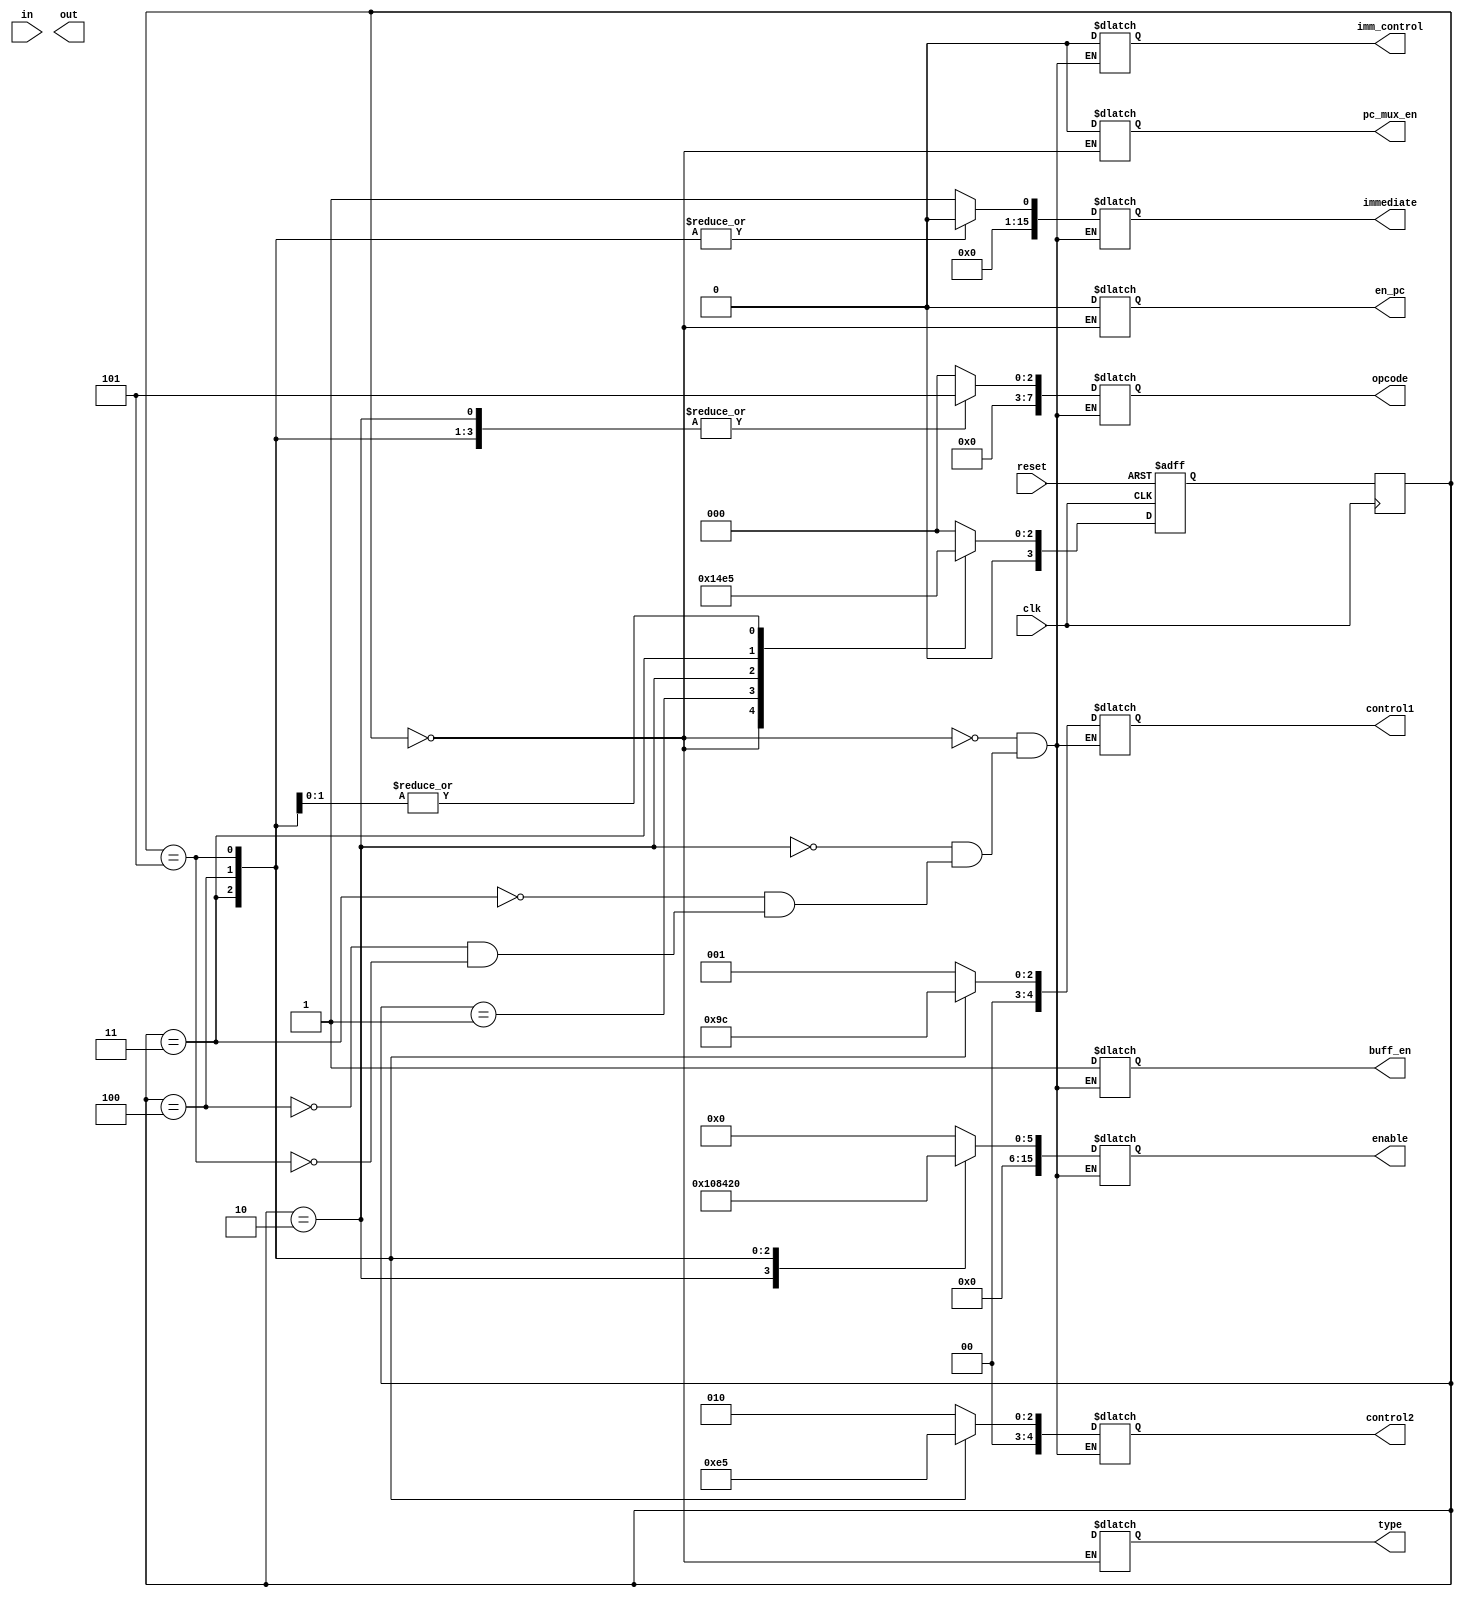
// Module for the Fibonacci sequence
// Created by Louis J. Cerda on 9/23/2021
// Fibonacci sequnce for reference
// 0, 1, 1, 2, 3, 5, 8, 13, 21, 34, 55, 89, 144

// ns Logic: Next state transitions

module fsm_decoder(in, out, reset, clk, immediate, enable, opcode, control1, control2, imm_control, buff_en, en_pc, pc_mux_en, type);

    // I/0 parameters
	input       [15:0] in;
	output reg [15:0] out;
	reg        [7:0] copcode;  
	reg        [3:0] rdst;
	reg        [3:0] rsrc;
	input      reset;
	input		  clk;
	

	// Enables signals
	output reg [15:0] immediate;
	output reg [15:0]enable;
	output reg [7:0]opcode;
   output reg [4:0]control1;
   output reg [4:0]control2;
   output reg imm_control;
	output reg buff_en;
	output reg en_pc;
	output reg pc_mux_en;
	output reg type;
    
   // ps -> Previous state, ns -> Next state
   reg [3:0] ps, ns; 
    
   //Need to add more state parameters as needed
   parameter [3:0] s0  = 4'b0000;
   parameter [3:0] s1  = 4'b0001;
   parameter [3:0] s2  = 4'b0010;
   parameter [3:0] s3  = 4'b0011;
   parameter [3:0] s4  = 4'b0100;
	parameter [3:0] s5  = 4'b0101;

       
    //Sequential block, negedge of reset due to push button
    always @ (negedge clk) begin

        ps <= ns;

    end
    
    // Combinational block, responsible fo setting the next state
    always@(posedge clk, negedge reset) begin
		if(reset == 0) begin    
			ns = s0;
		end
		 
		 
		else begin
			// Need to add more stepping
			//add if statments to determine where next state is / check slides
        case(ps)
           s0: ns <= s1;  // EDIT changed s1: ns <= si  to s0: ns <= si
			  s1: ns <= s2;
			  s2: ns <= s3;
			  s3: ns <= s4;
			  s4: ns <= s5;
			  s5: ns <= s5;

           default: ns <= s0;
        endcase
		end
    end


    always@ (ps) begin

        case(ps)
            // Reset all registers, muxes,tri-state-buffer
				//Step 0 : 
            s0: begin  
                    en_pc = 0;
						  pc_mux_en = 0;
						  enable = 0;
						  control1 = 5'bx;
						  control2 = 5'bx;
						  opcode = 0;
						  type = 1'bx;
						  immediate = 16'bx;	
						  imm_control = 1'bx;
						  buff_en = 1'bx;
                end
                
            // Step 1: R1 = 0+1 = 1
            s1: begin  
                             
                end
					 
					 
					 
					 
					 
					 
					 
					 
					 
					 
					 
					 
				 // Step 2: R2 = 0+1 = 1
            s2: begin  
                    immediate   = 16'b0000000000000001; 
                    enable      = 16'b0000000000000100;//r2                
                    opcode      = 8'b00000101;                     
                    control1    = 5'b00001;//r0             // enable left mux
                    control2    = 5'b00010;//r1 
                    imm_control = 0;                    
                    buff_en     = 1;    
                end
					 
					 
				 // Step 3: R3 = 1+1 = 2
            s3: begin  
                    immediate   = 0; 
                    enable      = 16'b0000000000001000;//r3                 
                    opcode      = 8'b00000101;                     
                    control1    = 5'b00010; //r1            // enable left mux
                    control2    = 5'b00011; //r2 
                    imm_control = 0;                    
                    buff_en     = 1;    
                end
					 
				// Step 4: R4 = 1+2 = 3
				s4: begin  
                    immediate   = 0; 
                    enable      = 16'b0000000000010000;//r4                 
                    opcode      = 8'b00000101;                     
                    control1    = 5'b00011;//r2            // enable left mux
                    control2    = 5'b00100;//r3  
                    imm_control = 0;                    
                    buff_en     = 1;    
                end
				
				// Step 5: R5 = 3+2 = 5
				s5: begin  
                    immediate   = 0; 
                    enable      = 16'b0000000000100000;//r5                 
                    opcode      = 8'b00000101;                     
                    control1    = 5'b00100;//r3             // enable left mux
                    control2    = 5'b00101;//r4 
                    imm_control = 0;                    
                    buff_en     = 1;    
                end
                            
        endcase
    end
endmodule